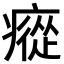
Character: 瘲